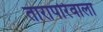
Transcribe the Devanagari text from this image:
तारापोरेवाला